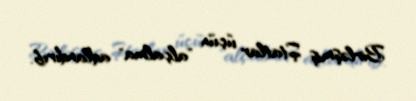
Birləşmiş Ştatlar üçün "alçalma" adlandırıb.